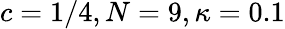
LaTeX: c=1/4,N=9,\kappa=0.1